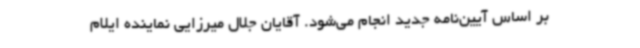
بر اساس آیین‌نامه جدید انجام می‌شود. آقایان جلال میرزایی نماینده ایلام